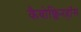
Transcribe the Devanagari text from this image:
कैबोक्लिनहॉस